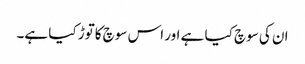
ان کی سوچ کیا ہے اور اس سوچ کاتوڑ کیا ہے۔